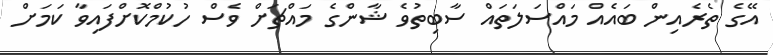
އޭގެ ތެރެއިން ބައެއް މައްސަލަތައް ސާބިތުވެ ޝާންގެ މައްޗަށް ވެސް ހުކުމްކޮށްފައިވާ ކަމަށް